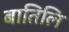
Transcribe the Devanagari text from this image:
बातिलि